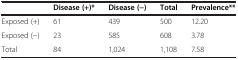
|  | Disease (+)* | Disease (−) | Total | Prevalence** |
 | --- | --- | --- | --- | --- |
 | Exposed (+) | 61 | 439 | 500 | 12.20 |
 | Exposed (−) | 23 | 585 | 608 | 3.78 |
 | Total | 84 | 1,024 | 1,108 | 7.58 |